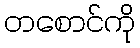
တစောင်ကို